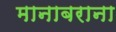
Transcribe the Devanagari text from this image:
मानाबराना